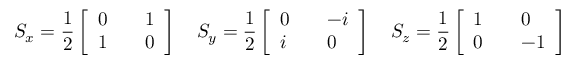
S _ { x } = \frac { 1 } { 2 } \left[ \begin{array} { l l l } { 0 } & { } & { 1 } \\ { 1 } & { } & { 0 } \end{array} \right] \quad S _ { y } = \frac { 1 } { 2 } \left[ \begin{array} { l l l } { 0 } & { } & { - i } \\ { i } & { } & { 0 } \end{array} \right] \quad S _ { z } = \frac { 1 } { 2 } \left[ \begin{array} { l l l } { 1 } & { } & { 0 } \\ { 0 } & { } & { - 1 } \end{array} \right]